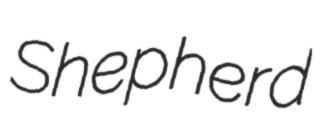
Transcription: Shepherd